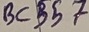
Text: BC357